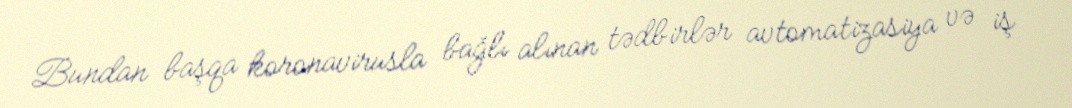
Bundan başqa koronavirusla bağlı alınan tədbirlər avtomatizasiya və iş